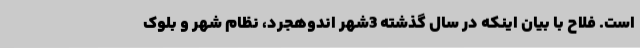
است. فلاح با بیان اینکه در سال گذشته 3شهر اندوهجرد، نظام شهر و بلوک